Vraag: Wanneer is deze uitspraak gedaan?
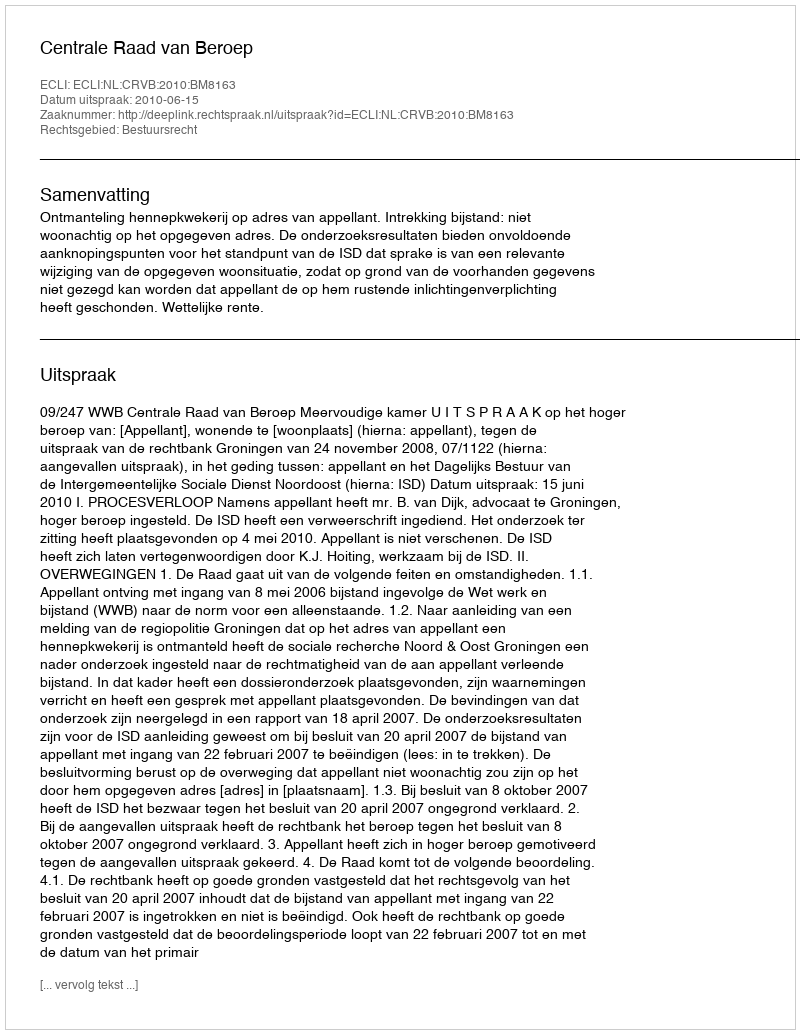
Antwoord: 2010-06-15